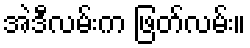
အဲဒီလမ်းက ဖြတ်လမ်း။